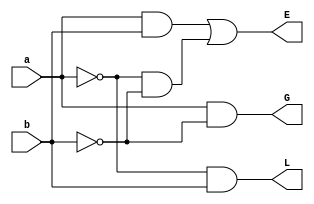
module compare (a, b,L, E,G); 
input a, b;
output L, E, G;
wire L,E,G;
assign L = (~a)&b;
assign G = (a)&(~b);
assign E = (a&b)|((~a)&(~b));

endmodule